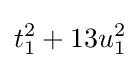
t_{1}^{2}+13u_{1}^{2}